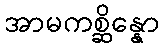
အာမကစ္ဆိန္နော